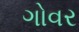
ગોવર